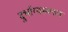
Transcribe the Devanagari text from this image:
दुर्भाग्यस्वरुप